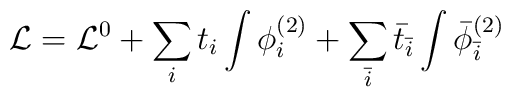
{\cal L}= {\cal L}^0 + \sum_i t_i \int \phi_{i}^{(2)} +\sum_{\bar i} {\bar t}_{\bar i} \int  {\bar \phi}_{\bar i}^{(2)}